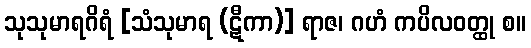
သုသုမာရဂိရံ [သံသုမာရ (ဋီကာ)] ရာဇ၊ ဂဟံ ကပိလဝတ္ထု စ။